Insane asylums in Bengal annual reports 1867-1875 - 1867-1875
Year: 1867
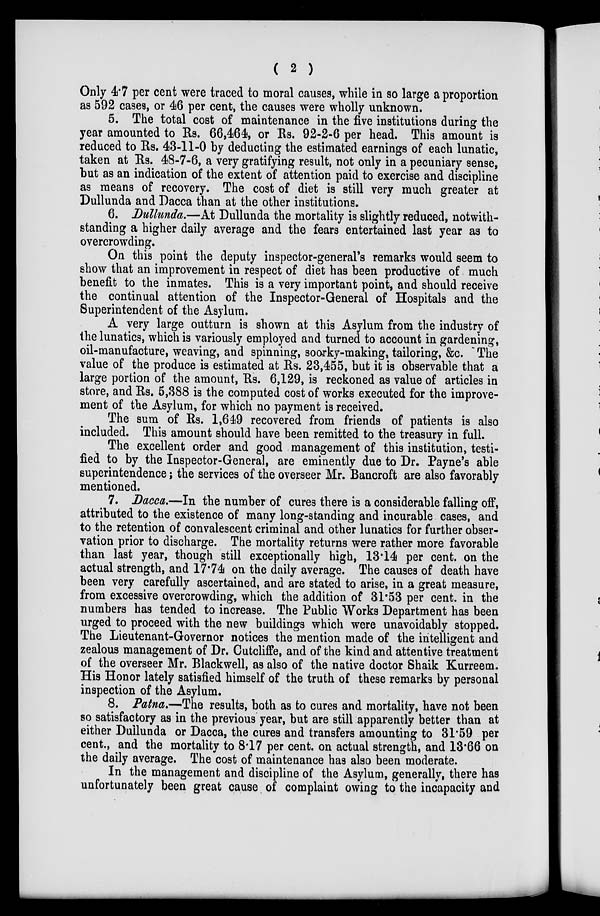
( 2 )
Only 4.7 per cent were traced to moral causes, while in so large a proportion
as 592 cases, or 46 per cent, the causes were wholly unknown.
5. The total cost of maintenance in the five institutions during the
year amounted to Rs. 66,464, or Rs. 92-2-6 per head. This amount is
reduced to Rs. 43-11-0 by deducting the estimated earnings of each lunatic,
taken at Rs. 48-7-6, a very gratifying result, not only in a pecuniary sense,
but as an indication of the extent of attention paid to exercise and discipline
as means of recovery. The cost of diet is still very much greater at
Dullunda and Dacca than at the other institutions.
6. Dullunda.—At Dullunda the mortality is slightly reduced, notwith-
standing a higher daily average and the fears entertained last year as to
overcrowding.
On this point the deputy inspector-general's remarks would seem to
show that an improvement in respect of diet has been productive of much
benefit to the inmates. This is a very important point, and should receive
the continual attention of the Inspector-General of Hospitals and the
Superintendent of the Asylum.
A very large outturn is shown at this Asylum from the industry of
the lunatics, which is variously employed and turned to account in gardening,
oil-manufacture, weaving, and spinning, soorky-making, tailoring, &c. The
value of the produce is estimated at Rs. 23,455, but it is observable that a
large portion of the amount, Rs. 6,129, is reckoned as value of articles in
store, and Rs. 5,388 is the computed cost of works executed for the improve-
ment of the Asylum, for which no payment is received.
The sum of Rs. 1,649 recovered from friends of patients is also
included. This amount should have been remitted to the treasury in full.
The excellent order and good management of this institution, testi-
fied to by the Inspector-General, are eminently due to Dr. Payne's able
superintendence; the services of the overseer Mr. Bancroft are also favorably
mentioned.
7. Dacca.—In the number of cures there is a considerable falling off,
attributed to the existence of many long-standing and incurable cases, and
to the retention of convalescent criminal and other lunatics for further obser-
vation prior to discharge. The mortality returns were rather more favorable
than last year, though still exceptionally high, 13.14 per cent. on the
actual strength, and 17.74 on the daily average. The causes of death have
been very carefully ascertained, and are stated to arise, in a great measure,
from excessive overcrowding, which the addition of 31.53 per cent. in the
numbers has tended to increase. The Public Works Department has been
urged to proceed with the new buildings which were unavoidably stopped.
The Lieutenant-Governor notices the mention made of the intelligent and
zealous management of Dr. Cutcliffe, and of the kind and attentive treatment
of the overseer Mr. Blackwell, as also of the native doctor Shaik Kurreem.
His Honor lately satisfied himself of the truth of these remarks by personal
inspection of the Asylum.
8. Patna.—The results, both as to cures and mortality, have not been
so satisfactory as in the previous year, but are still apparently better than at
either Dullunda or Dacca, the cures and transfers amounting to 31.59 per
cent., and the mortality to 8.17 per cent. on actual strength, and 13.66 on
the daily average. The cost of maintenance has also been moderate.
In the management and discipline of the Asylum, generally, there has
unfortunately been great cause of complaint owing to the incapacity and